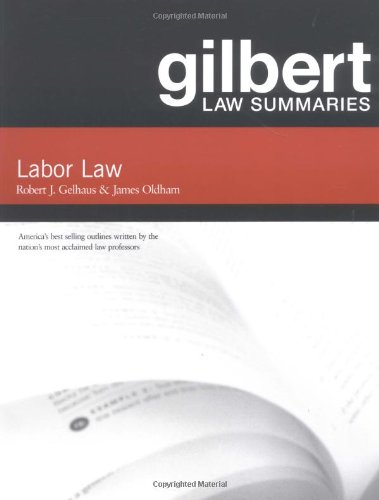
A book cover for Gilbert Law Summaries on Labor Law; James C. Oldham; Law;